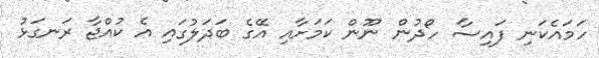
ހަމައެކަނި ފައިސާ ހޯދުން ނޫން ކަމަށާއި އޭގެ ބަދަލުގައި އެ ކުއްޖާ ރަނގަޅު